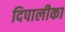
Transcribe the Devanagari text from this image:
दिपालीका